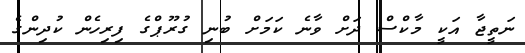
ނަތީޖާ އަކީ މާކްސް ދަށް ވާނެ ކަމަށް ބުނި ގުރޫޕްގެ ފިރިހެން ކުދިންގެ